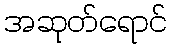
အဆုတ်ရောင်